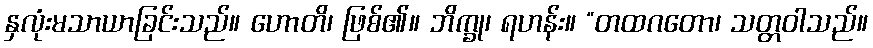
နှလုံးမသာယာခြင်းသည်။ ဟောတိ၊ ဖြစ်၏။ ဘိက္ခု၊ ရဟန်း။ “တထဂတော၊ သတ္တဝါသည်။